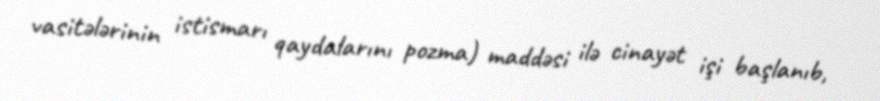
vasitələrinin istismarı qaydalarını pozma) maddəsi ilə cinayət işi başlanıb,